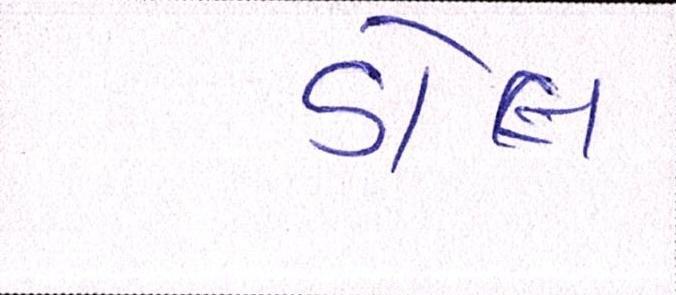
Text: ડોલ